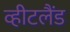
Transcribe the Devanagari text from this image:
व्हीटलैंड